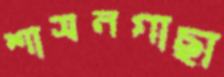
শাসনগাছা